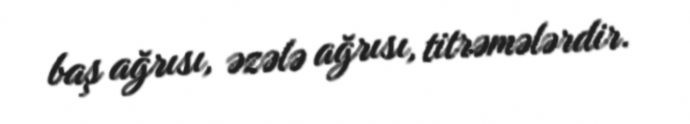
baş ağrısı, əzələ ağrısı, titrəmələrdir.